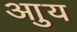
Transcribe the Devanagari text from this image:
आुय